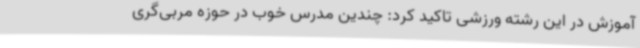
آموزش در این رشته ورزشی تاکید کرد: چندین مدرس خوب در حوزه مربی‌گری